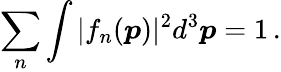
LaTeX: \sum_{n}\int|f_{n}(\boldsymbol{p})|^{2}d^{3}\boldsymbol{p}=1\, .